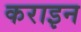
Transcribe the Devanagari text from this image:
कराइन